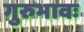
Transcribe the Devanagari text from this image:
गुरुभावः